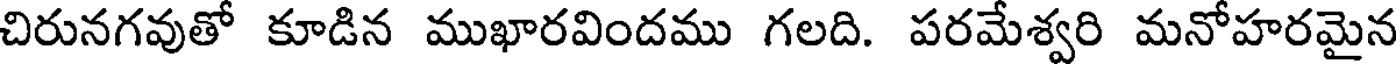
చిరునగవుతో కూడిన ముఖారవిందము గలది. పరమేశ్వరి మనోహరమైన